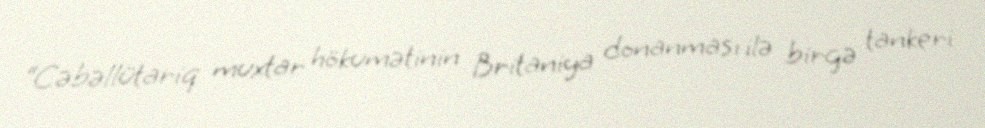
“Cəbəllütariq muxtar hökumətinin Britaniya donanması ilə birgə tankeri